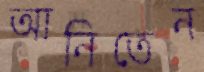
আনিতেন